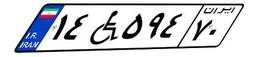
۱۴W۵۹۴۷۰